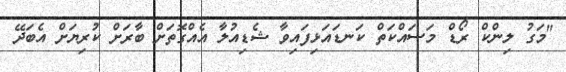
"މަގު ލިންކް ރޯޑް މަސައްކަތް ކަނޑައަޅިފައިވާ ޝެޑިއުލާ އެއްގޮތަށް ބާރަށް ކުރިޔަށް އެބަދޭ